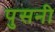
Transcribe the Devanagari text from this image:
पुसनी